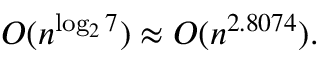
O ( n ^ { \log _ { 2 } 7 } ) \approx O ( n ^ { 2 . 8 0 7 4 } ) .